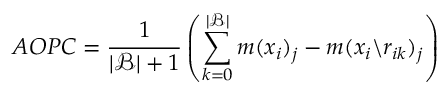
A O P C = \frac { 1 } { | \mathcal { B } | + 1 } \left( \sum _ { k = 0 } ^ { | \mathcal { B } | } m ( { x } _ { i } ) _ { j } - m ( { x } _ { i } \backslash { r } _ { i k } ) _ { j } \right)